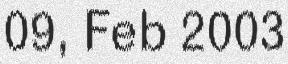
09, Feb 2003